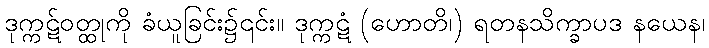
ဒုက္ကဋ်ဝတ္ထုကို ခံယူခြင်း၌၎င်း။ ဒုက္ကဋံ (ဟောတိ၊) ရတနသိက္ခာပဒ နယေန၊